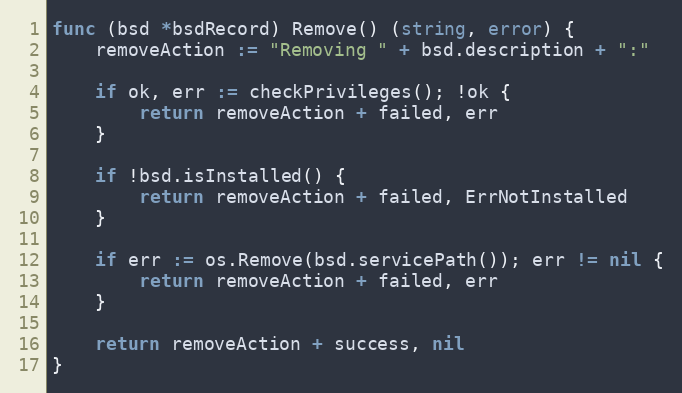
Language: Go
func (bsd *bsdRecord) Remove() (string, error) {
	removeAction := "Removing " + bsd.description + ":"

	if ok, err := checkPrivileges(); !ok {
		return removeAction + failed, err
	}

	if !bsd.isInstalled() {
		return removeAction + failed, ErrNotInstalled
	}

	if err := os.Remove(bsd.servicePath()); err != nil {
		return removeAction + failed, err
	}

	return removeAction + success, nil
}